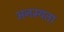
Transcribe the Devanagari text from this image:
अनम्यता